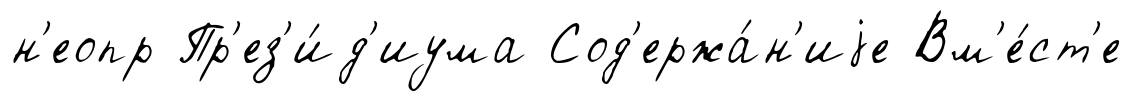
н'еопр Пр'ез'и́д'иума Сод'ержа́н'иjе Вм'е́ст'е